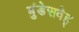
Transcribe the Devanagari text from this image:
बुंडेसवेह्